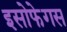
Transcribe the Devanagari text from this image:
इसोफेगस